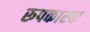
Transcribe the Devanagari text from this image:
रूपकारक